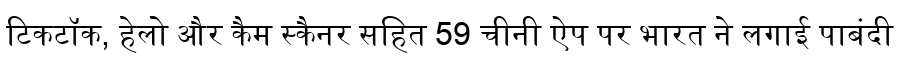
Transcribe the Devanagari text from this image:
टिकटॉक, हेलो और कैम स्कैनर सहित 59 चीनी ऐप पर भारत ने लगाई पाबंदी